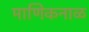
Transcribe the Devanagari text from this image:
माणिकनाळ